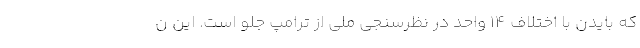
که بایدن با اختلاف ۱۴ واحد در نظرسنجی ملی از ترامپ جلو است. این ن